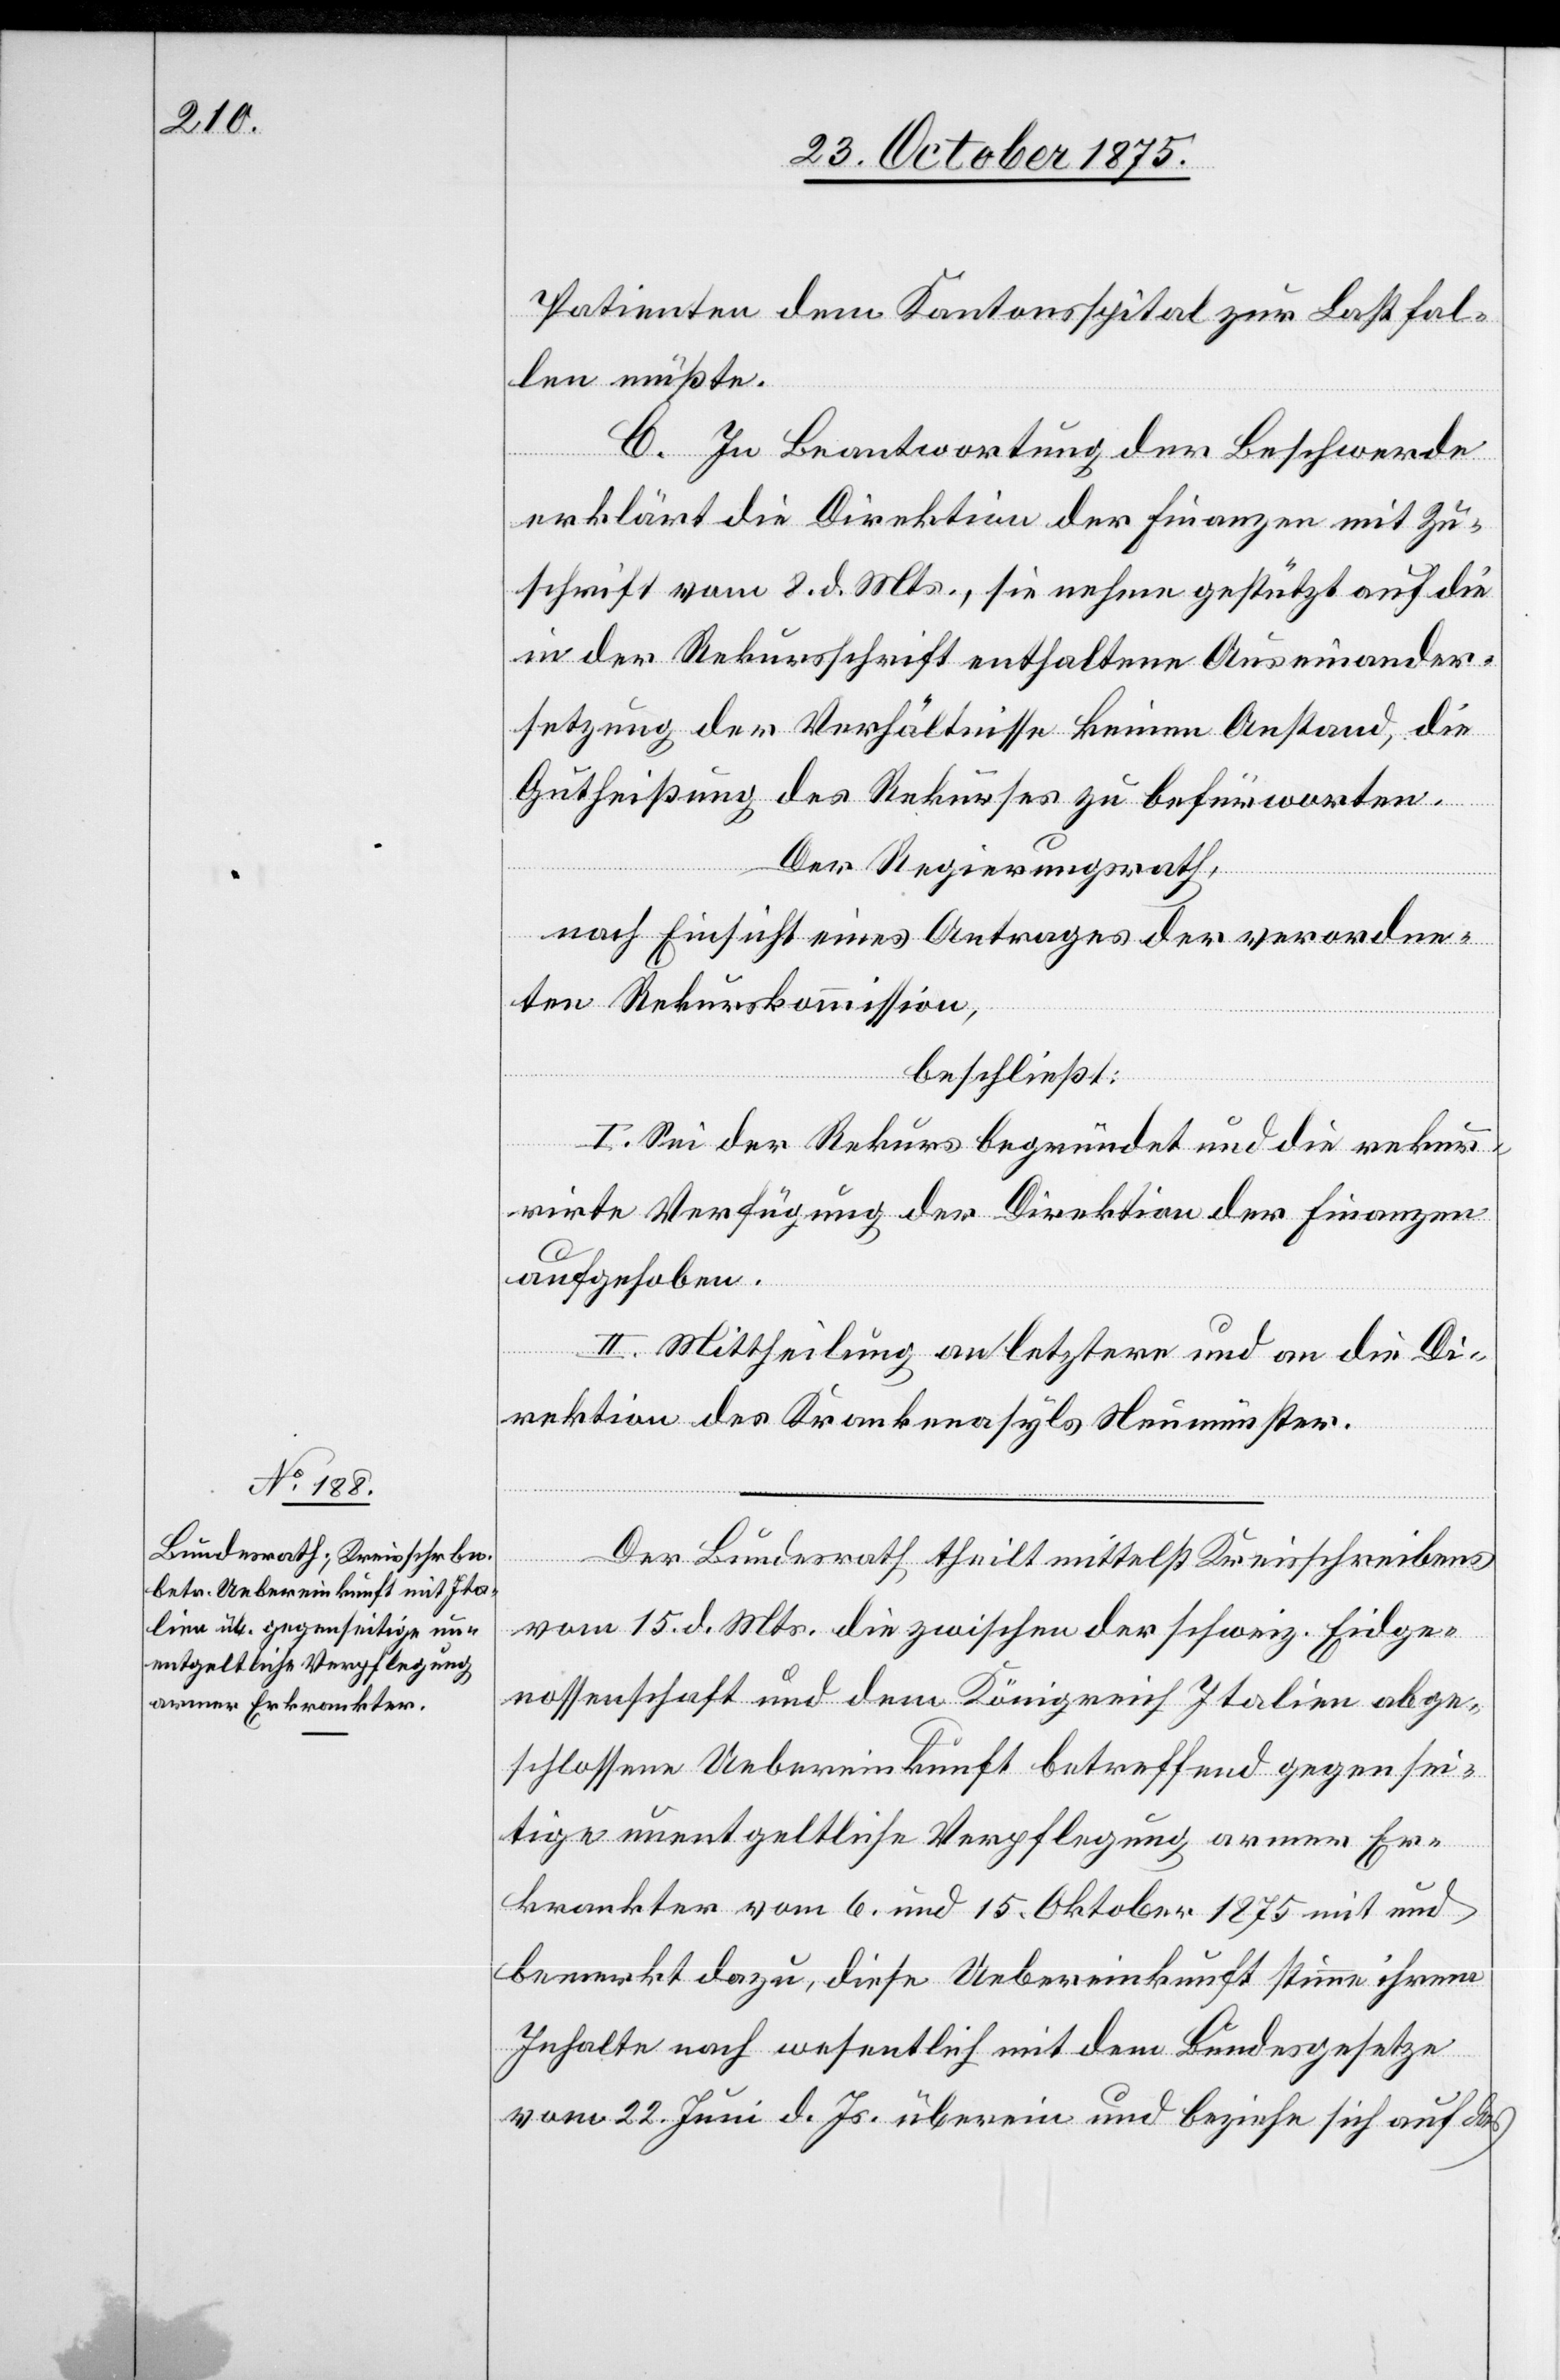
Patienten dem Kantonsspital zur Last fal¬
len müßte.
C. In Beantwortung der Beschwerde
erklärt die Direktion der Finanzen mit Zu¬
schrift vom 8. d. Mts., sie nehme gestützt auf die
in der Rekursschrift enthaltene Auseinander¬
setzung der Verhältnisse keinen Anstand, die
Gutheißung des Rekurses zu befürworten.
Der Regierungsrath,
nach Einsicht eines Antrages der verordne¬
ten Rekurskommission,
beschließt:
I. Sei der Rekurs begründet und die rekur¬
rirte Verfügung der Direktion der Finanzen
aufgehoben.
II. Mittheilung an letztere und an die Di¬
rektion des Krankenasyls Neumünster.
Der Bundesrath theilt mittelst Kreisschreibens
vom 15. d. Mts. die zwischen der schweiz. Eidge¬
nossenschaft und dem Königreich Italien abge¬
schlossene Uebereinkunft betreffend gegensei¬
tige unentgeltliche Verpflegung armer Er¬
krankter vom 6. und 15. Oktober 1875 mit und
bemerkt dazu, diese Uebereinkunft stimme ihrem
Inhalte nach wesentlich mit dem Bundesgesetze
vom 22. Juni d. Js. überein und beziehe sich auf das